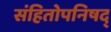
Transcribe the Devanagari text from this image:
संहितोपनिषद्